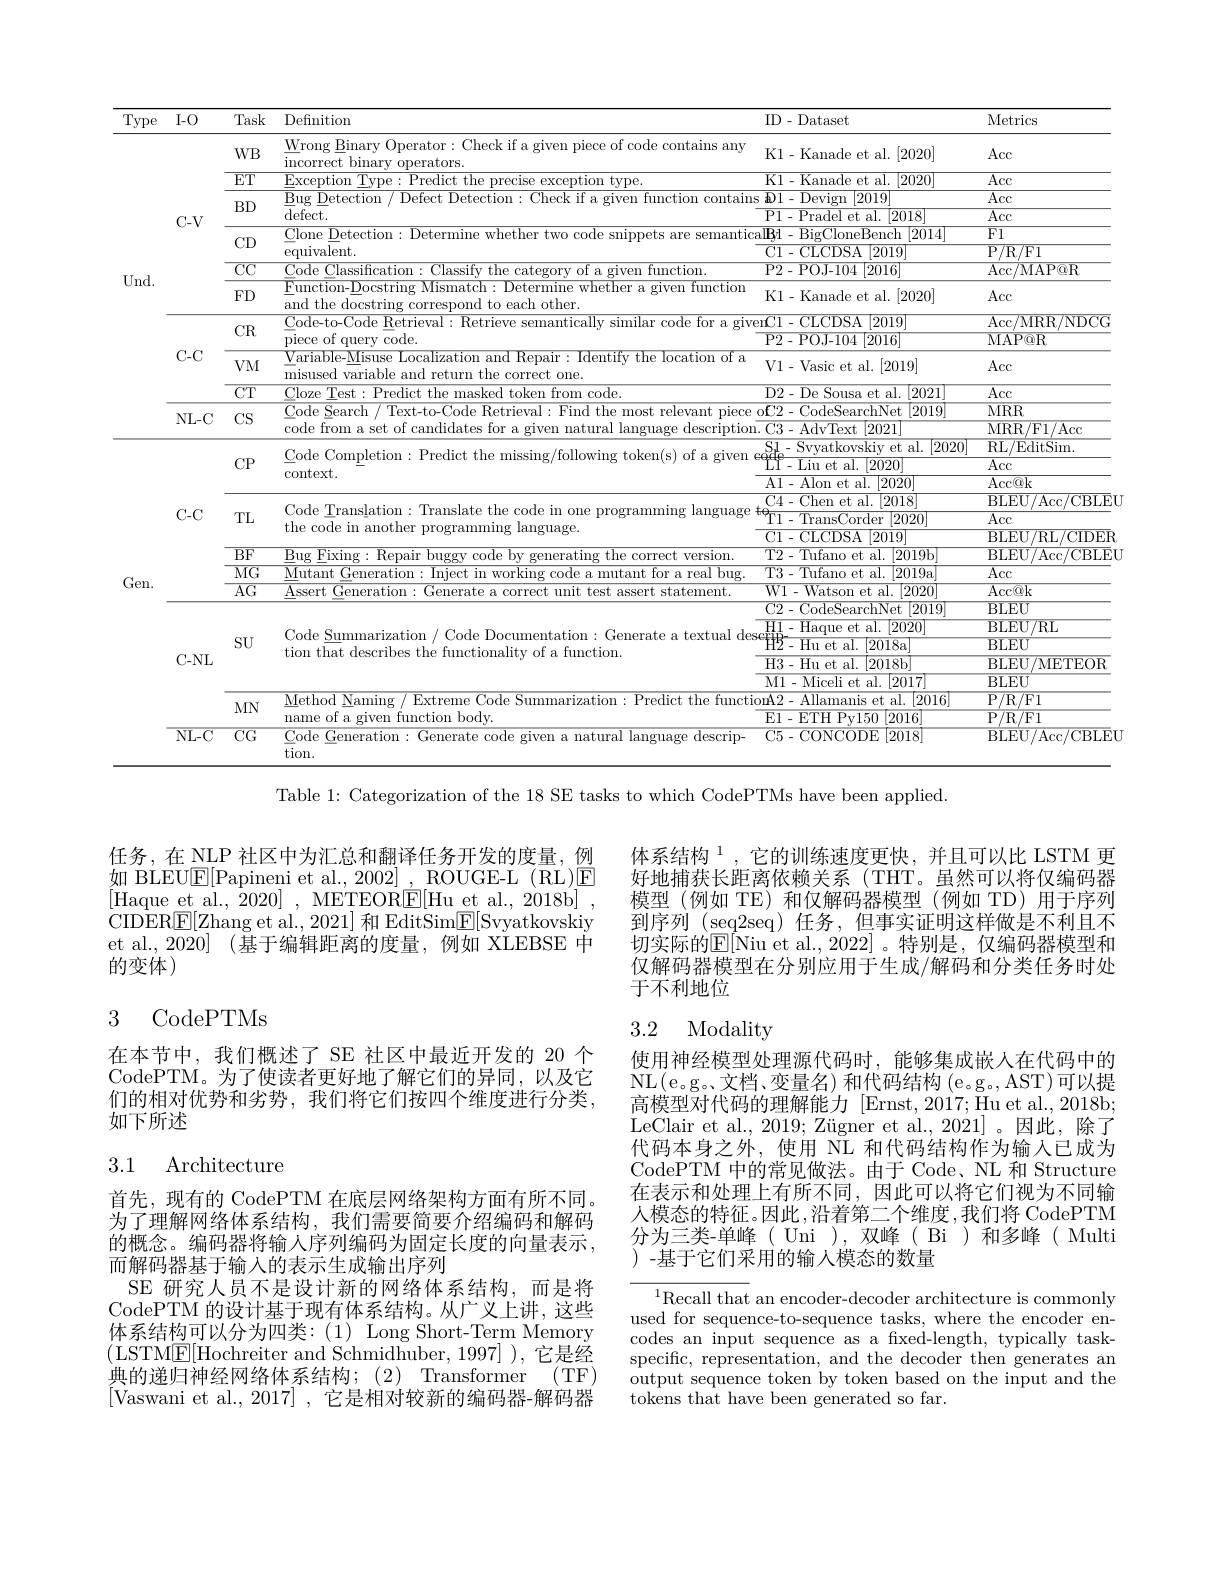
<table>
	<tbody>
		<tr>
			<th>$\Gamma$ype</th>
			<th>$I-O$</th>
			<th>Task</th>
			<th>Definition</th>
			<th>ID-Dataset</th>
			<th>Metrics</th>
		</tr>
		<tr>
			<td> </td>
			<td> </td>
			<td>$WB$</td>
			<td>Wrong Binary Operator: Check if a given piece of code contains any incorrect binary operators.</td>
			<td>Kl-Kanade et al.[2020]</td>
			<td>Acc</td>
		</tr>
		<tr>
			<td> </td>
			<td> </td>
			<td>$\overline{ET}$</td>
			<td>Fxcention Tvne $s$ PYCention tyne</td>
			<td>K1- Kanade et al. |2020</td>
			<td>$\overline{\mathrm{Acc}}$</td>
		</tr>
		<tr>
			<td rowspan="11">Jnd.</td>
			<td> </td>
			<td> </td>
			<td>Bug Detectior</td>
			<td>S $s\not{D}1-$Devign $\boxed{2019}$</td>
			<td>Acc</td>
		</tr>
		<tr>
			<td>$T1$ $VY$</td>
			<td rowspan="4">$DD$ $CD$ $\overline{\mathrm{CC}}$</td>
			<td rowspan="3">defect. $P1$ . $\underline{\text{Clone Detection: Determine whether two code snippets are semanticalB}}1-$ $\overline{\text{equivalent}}.$ $\overline{\mathrm{Cl}-}$</td>
			<td>$\overline{{\mathrm{Pl-Pradel~et~al.}}}$ |2018</td>
			<td>Acc</td>
		</tr>
		<tr>
			<td>1</td>
			<td>aIBl- BigCloneBench |2014</td>
			<td>$\overline{{\mathrm{FI}}}$</td>
		</tr>
		<tr>
			<td> </td>
			<td>$\boxed{2019}$ $\mathop{\mathrm{Cl-CLCDSA}}$</td>
			<td>P/ R/ Fl</td>
		</tr>
		<tr>
			<td> </td>
			<td>Code lassitication $\because ASO$ TIWPT $\textbf{ function}$</td>
			<td>P2-POJ-104 $\overline{2016}$</td>
			<td>$\operatorname{Acc}/\operatorname{MAP@R}$</td>
		</tr>
		<tr>
			<td> </td>
			<td>FD</td>
			<td>Function-Docstring Mismatch: Determine whether a given function tho dore </td>
			<td>K1-Kanade et al.[2020]</td>
			<td>$\operatorname{Acc}$</td>
		</tr>
		<tr>
			<td> </td>
			<td>$CR$</td>
			<td>Code-to-Code Retrieval: Retrieve semantically similar code for a giv</td>
			<td>erCl-CLCDSA |2019. 1 ri</td>
			<td>Acc/ MRR/ NDCG</td>
		</tr>
		<tr>
			<td rowspan="3">$C-C$</td>
			<td>VIV VM</td>
			<td>piece of query code. Variable-Misuse Localization and Repair : Identify the location of a</td>
			<td>P2-POJ-104 2016. $i71$ Trac $\sin\alpha\alpha t$ $n$ [2019]</td>
			<td>MAP@ R Acc</td>
		</tr>
		<tr>
			<td>$LVL$</td>
			<td>misused variable and return the correct one.</td>
			<td>$[\omega_{0},1,\nu_{0}]$</td>
			<td>LUL</td>
		</tr>
		<tr>
			<td>$UI$</td>
			<td rowspan="2">Code Search / Text-to-Code Retrieval : Find the most relevant piece of'2- code from a set of candidates for a given natural language description. C3 -</td>
			<td>$D2-D$e Sousa et al. [2021]</td>
			<td>$ACC$</td>
		</tr>
		<tr>
			<td>NL- C</td>
			<td>CS</td>
			<td>11 VUUEDEdICI LIVEU $[\angle019]$ $-1c$ 2001</td>
			<td> </td>
		</tr>
		<tr>
			<td rowspan="2">$NL-1$</td>
			<td> </td>
			<td> </td>
			<td rowspan="2">$UL$ code from a set of candidates for a given natural language description. Code from a set of candidates for a given natural language description. Cod (0,0,0) Y $\daleth T$ Code Completion: Predict the missing/following token(s) of a given</td>
			<td>|2020| Sl-Svvatkovskiv et al. 11</td>
			<td>RL/ EditSim.</td>
		</tr>
		<tr>
			<td> </td>
			<td>T</td>
			<td>$|\hat{\theta}|\hat{\theta}|\hat{\theta}|$ ,</td>
			<td>$\mathbf{L}/$ $\bot$ A 76</td>
		</tr>
		<tr>
			<td> </td>
			<td> </td>
			<td>VI</td>
			<td rowspan="4">context. $A.$ $\mathrm{Code}^{r}$ $\Upsilon_{91}$ $f$</td>
			<td>LI $[\Delta ULU]$ $\Lambda1$ </td>
			<td>ALL</td>
		</tr>
		<tr>
			<td> </td>
			<td> </td>
			<td rowspan="4">TL</td>
			<td> C4- Che $\overline{\text{et al.}}\boxed{2018}$</td>
			<td>RI.FIT/A $/CRI.F$</td>
		</tr>
		<tr>
			<td> </td>
			<td>$fY$ 一</td>
			<td>Chen et al. [2018]</td>
			<td>$\operatorname{BLEU}/\operatorname{Acc}/\operatorname{CBL}$</td>
		</tr>
		<tr>
			<td> </td>
			<td>$C-C$</td>
			<td>$^{\bullet_{0}}$ n Corder |2020</td>
			<td>$^{-1}/$ W Acc</td>
		</tr>
		<tr>
			<td> </td>
			<td>$U_{j}-U_{j}$</td>
			<td> </td>
			<td>T1- TransCorder [2020] -</td>
			<td>$\underline{\mathrm{Acc}}$</td>
		</tr>
		<tr>
			<td> </td>
			<td> </td>
			<td>$\overline{\mathrm{BF}}$</td>
			<td>$B_{11}gF_{1}$rixing Renair hllg the e correct version</td>
			<td>T2-Tufano et al. |2019b</td>
			<td>BIABU/Acc/CBIAB</td>
		</tr>
		<tr>
			<td>Y</td>
			<td> </td>
			<td>$\overline{\mathrm{MG}}$</td>
			<td>Mutant Generation: miect working mutant for a real bug</td>
			<td>T3-Tufano et al. $\lceil2019$a</td>
			<td>$\overline{\mathrm{Acc}}$</td>
		</tr>
		<tr>
			<td>.1EL.</td>
			<td> </td>
			<td>$\overline{\mathrm{AG}}$</td>
			<td>Assert Generation: Generate a correct unit test assert statement</td>
			<td>W1- Watson et al. $\boxed{2020}$</td>
			<td>$\operatorname{Acc@k}$</td>
		</tr>
		<tr>
			<td> </td>
			<td> </td>
			<td> </td>
			<td> </td>
			<td>C2- CodeSearchNet$\left [ 2019\right ]$</td>
			<td>$BLEU$</td>
		</tr>
		<tr>
			<td> </td>
			<td> </td>
			<td> </td>
			<td> </td>
			<td>H1-Haque et al.2020</td>
			<td>$\operatorname{BLEU/RL}$</td>
		</tr>
		<tr>
			<td> </td>
			<td> </td>
			<td>SU</td>
			<td> </td>
			<td>H2- Hu et al. [3] |2018a</td>
			<td>$BLEU$</td>
		</tr>
		<tr>
			<td> </td>
			<td></td>
			<td> </td>
			<td> </td>
			<td>H3 - Hu et al. [2018b]</td>
			<td>BLEU/ METEOR</td>
		</tr>
		<tr>
			<td> </td>
			<td> </td>
			<td> </td>
			<td> </td>
			<td>Ml- Miceli et al. |2017|</td>
			<td>$BLEU$</td>
		</tr>
		<tr>
			<td> </td>
			<td> </td>
			<td>MM 1</td>
			<td>Vlethod 1Nam Hixtrel mde 17atinn Predict the t fincti</td>
			<td>ionA2- Allamanis et al. |2016</td>
			<td>P/ R/ F1</td>
		</tr>
		<tr>
			<td> </td>
			<td> </td>
			<td>LYLLY</td>
			<td>name of a given function body.</td>
			<td>E1- ETHPv150 $\lfloor2016$</td>
			<td>P/ R/ Fl</td>
		</tr>
		<tr>
			<td> </td>
			<td>$\overline{\mathrm{NL-C}}$</td>
			<td>$\overline{\mathrm{CG}}$</td>
			<td>$\underline{\text{Code Generation: Generate code given a natural language descrip-}}$ tion.</td>
			<td>C5-CONCODE[2018]</td>
			<td>${\mathrm{BLEU/Acc/CBLE}}$</td>
		</tr>
	</tbody>
</table>

Table 1: Categorization of the 18 SE tasks to which CodePTMs have been applied.

任务，在 NLP 社区中为汇总和翻译任务开发的度量，例如 BLEU$\mathbb{E}[$Papineni et al., 2002] , ROUGE-L (RL)$\underline{\mathrm{E}}$ [Haque et al., 2020] , METEORE[Hu et al., 2018b] CIDER$\boxed{\mathrm{F}[\text{Zhang et al., 2021] 和 EditSim}}\boxed{\mathrm{F}[\text{Svyatkovskiy}]}$ et al., 2020] (基于编辑距离的度量，例如 XLEBSE 中的变体)

体系结构$^{1}$,它的训练速度更快，并且可以比 LSTM 更好地捕获长距离依赖关系(THT。虽然可以将仅编码器模型(例如 TE)和仅解码器模型(例如 TD)用于序列到序列 (seq2seq) 任务，但事实证明这样做是不利且不切实际的E[ Niu et al. , 2022] 。特别是，仅编码器模型和仅解码器模型在分别应用于生成/解码和分类任务时处于不利地位

## 3 CodePTMs

## 3.2 Modality

在本节中，我们概述了 SE 社区中最近开发的 20 个CodePTM。为了使读者更好地了解它们的异同，以及它们的相对优势和劣势，我们将它们按四个维度进行分类， 如下所述

使用神经模型处理源代码时，能够集成嵌人在代码中的NL(e。g。文档、变量名) 和代码结构 (e。g.,AST)可以提高模型对代码的理解能力 [Ernst,2017;Huet al.,2018b; LeClair et al., 2019; Zügner et al., 2021]。因此，除了代码本身之外，使用 NL 和代码结构作为输入已成为CodePTM 中的常见做法。由于 Code、NL 和 Structure 在表示和处理上有所不同，因此可以将它们视为不同输人模态的特征。因此，沿着第二个维度，我们将 CodePTM 分为三类-单峰(Uni),双峰(Bi)和多峰(Mult ) -基于它们采用的输人模态的数量

## 3.1 Architecture

首先，现有的 CodePTM 在底层网络架构方面有所不同。为了理解网络体系结构，我们需要简要介绍编码和解码的概念。编码器将输人序列编码为固定长度的向量表示， 而解码器基于输入的表示生成输出序列
SE 研究人员不是设计新的网络体系结构，而是将CodePTM 的设计基于现有体系结构。从广义上讲，这些体系结构可以分为四类：(1) Long Short-Term Memory (LSTM$\underline{\mathrm{E}}[$Hochreiter and Schmidhuber,1997]),\:花是经典的递归神经网络体系结构；(2) Transformer (TF) [Vaswani et al., 2017] , 它是相对较新的编码器-解码器

$^{1}$Recall that an encoder-decoder architecture is commonly used for sequence-to-sequence tasks, where the encoder encodes an input sequence as a fxed-length, typically taskspecific, representation, and the decoder then generates an output sequence token by token based on the input and the tokens that have been generated so far.